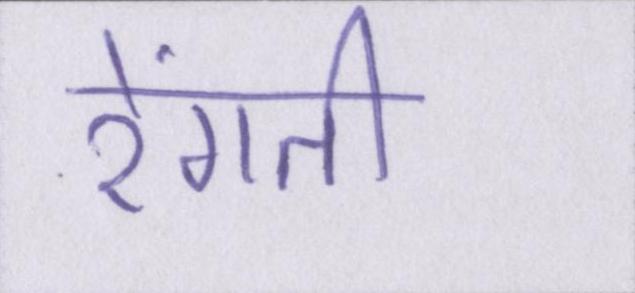
रेंगती